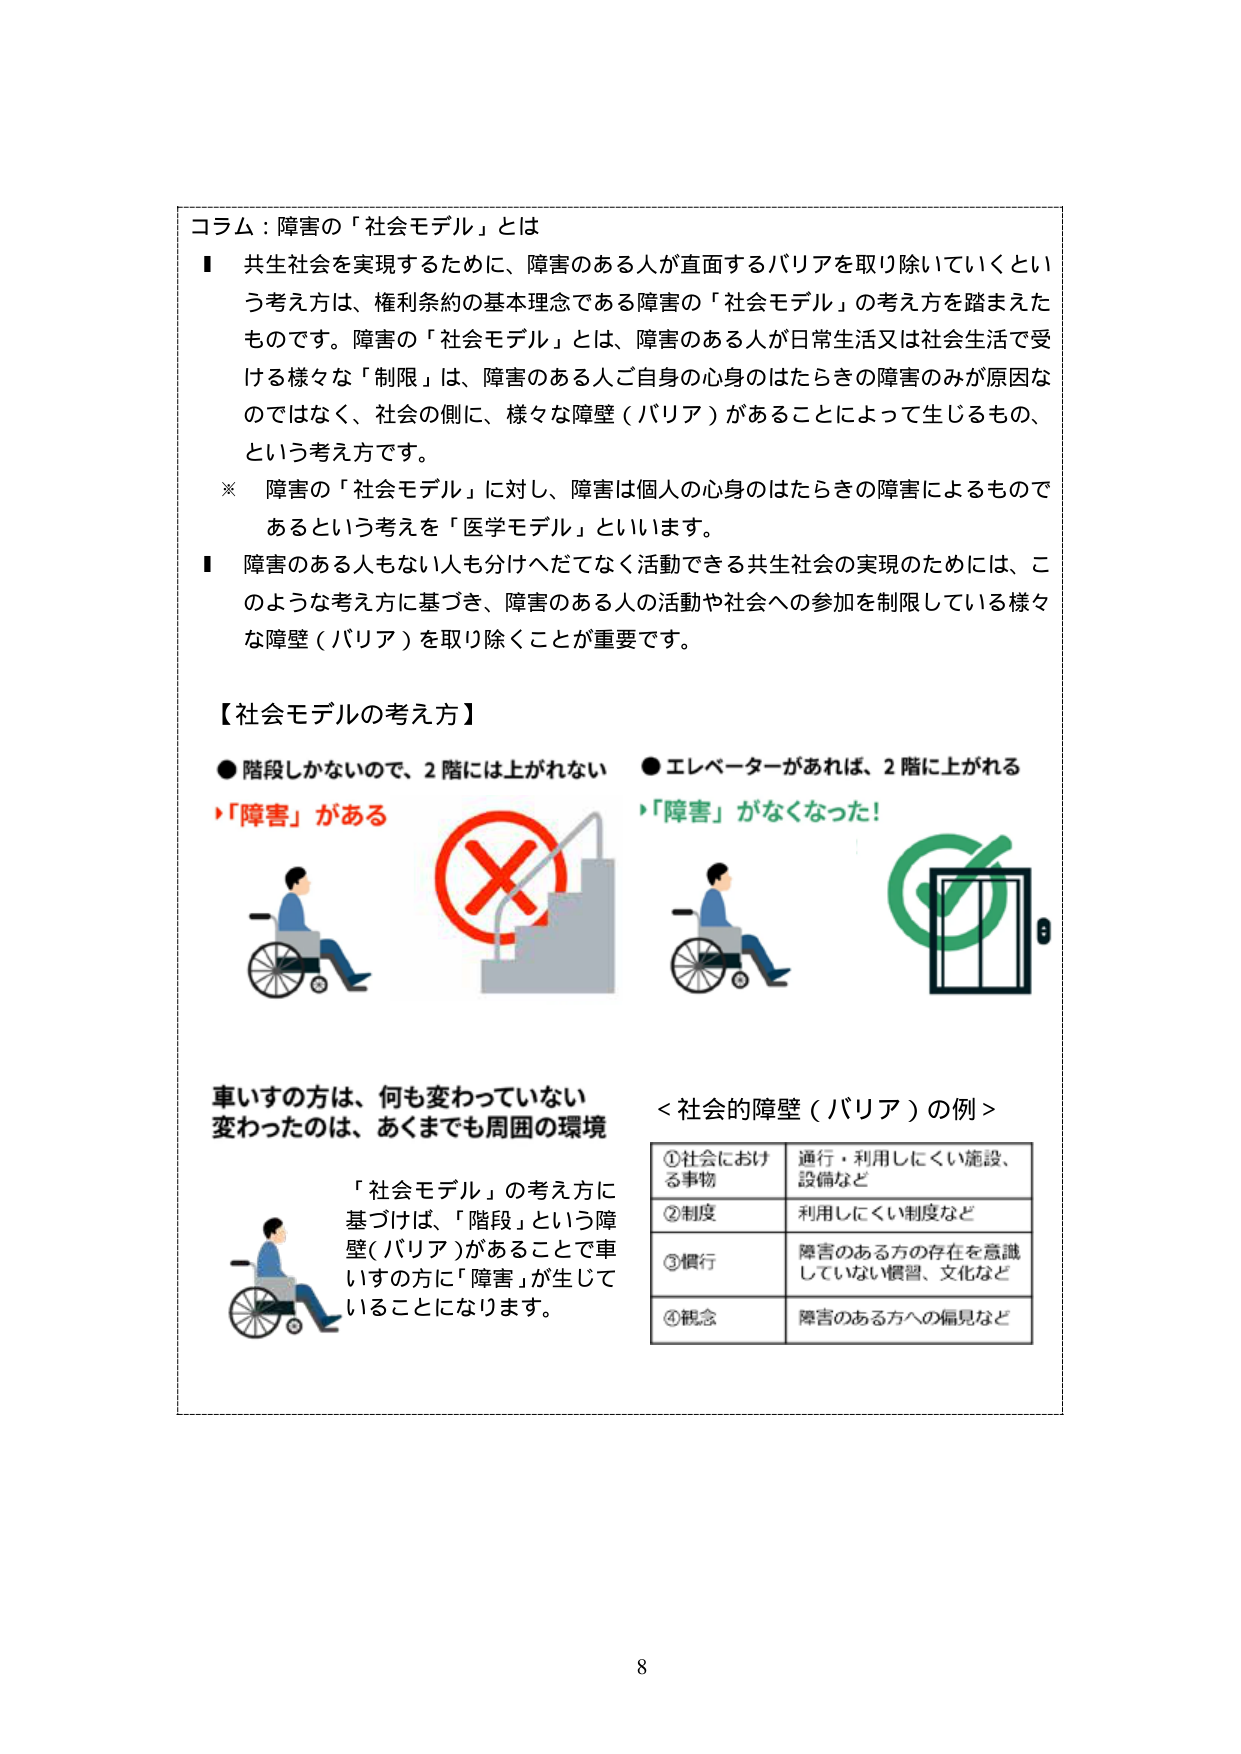
コラム：障害の「社会モデル」とは

■ 共生社会を実現するために、障害のある人が直面するバリアを取り除いていくという考え方は、権利条約の基本理念である障害の「社会モデル」の考え方を踏まえたものです。障害の「社会モデル」とは、障害のある人が日常生活又は社会生活で受ける様々な「制限」は、障害のある人ご自身の心身のはたらきの障害のみが原因なのではなく、社会の側に、様々な障壁（バリア）があることによって生じるもの、という考え方です。

※ 障害の「社会モデル」に対し、障害は個人の心身のはたらきの障害によるものであるという考えを「医学モデル」といいます。

■ 障害のある人もない人も分けへだてなく活動できる共生社会の実現のためには、このような考え方に基づき、障害のある人の活動や社会への参加を制限している様々な障壁（バリア）を取り除くことが重要です。

【社会モデルの考え方】

● 階段しかないで、2階には上がれない
→「障害」がある

● エレベーターがあれば、2階に上がれる
→「障害」がなくなった！

車いすの方は、何も変わっていない
変わったのは、あくまでも周囲の環境

「社会モデル」の考え方に基づけば、「階段」という障壁（バリア）があることで車いすの方に「障害」が生じていることになります。

＜社会的障壁（バリア）の例＞

①社会における事物　通行・利用しにくい施設、設備など
②制度　　　　　　　利用しにくい制度など
③慣行　　　　　　　障害のある方の存在を意識していない慣習、文化など
④観念　　　　　　　障害のある方への偏見など

8